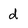
Character: d